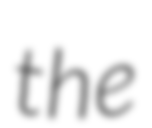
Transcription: the